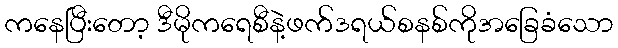
ကနေပြီးတော့ ဒီမိုကရေစီနဲ့ဖက်ဒရယ်စနစ်ကိုအခြေခံသော